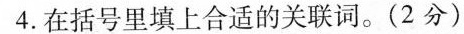
4.在括号里填上合适的关联词。(2分)